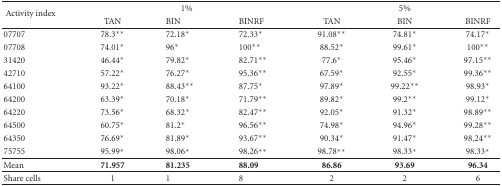
<table><thead><tr><td rowspan="2"><b> Activity index</b></td><td colspan="3"><b>1%</b></td><td colspan="3"><b>5%</b></td></tr><tr><td><b>TAN</b></td><td><b>BIN</b></td><td><b>BINRF</b></td><td><b>TAN</b></td><td><b>BIN</b></td><td><b>BINRF</b></td></tr></thead><tbody><tr><td>07707</td><td>78.3**</td><td>72.18*</td><td>72.33*</td><td>91.08**</td><td>74.81*</td><td>74.17*</td></tr><tr><td>07708</td><td>74.01*</td><td>96*</td><td>100**</td><td>88.52*</td><td>99.61*</td><td>100**</td></tr><tr><td>31420</td><td>46.44*</td><td>79.82*</td><td>82.71**</td><td>77.6*</td><td>95.46*</td><td>97.15**</td></tr><tr><td>42710</td><td>57.22*</td><td>76.27*</td><td>95.36**</td><td>67.59*</td><td>92.55*</td><td>99.36**</td></tr><tr><td>64100</td><td>93.22*</td><td>88.43**</td><td>87.75*</td><td>97.89*</td><td>99.22**</td><td>98.93*</td></tr><tr><td>64200</td><td>63.39*</td><td>70.18*</td><td>71.79**</td><td>89.82*</td><td>99.2**</td><td>99.12*</td></tr><tr><td>64220</td><td>73.56*</td><td>68.32*</td><td>82.47**</td><td>92.05*</td><td>91.32*</td><td>98.89**</td></tr><tr><td>64500</td><td>60.75*</td><td>81.2*</td><td>96.56**</td><td>74.98*</td><td>94.96*</td><td>99.28**</td></tr><tr><td>64350</td><td>76.69*</td><td>81.89*</td><td>93.67**</td><td>90.34*</td><td>91.47*</td><td>98.24**</td></tr><tr><td>75755</td><td>95.99*</td><td>98.06*</td><td>98.26**</td><td>98.78**</td><td>98.33*</td><td>98.33*</td></tr><tr><td>Mean</td><td><b>71.957</b></td><td><b>81.235</b></td><td><b>88.09</b></td><td><b>86.86</b></td><td><b>93.69</b></td><td><b>96.34</b></td></tr><tr><td>Share cells</td><td>1</td><td>1</td><td>8</td><td>2</td><td>2</td><td>6</td></tr></tbody></table>